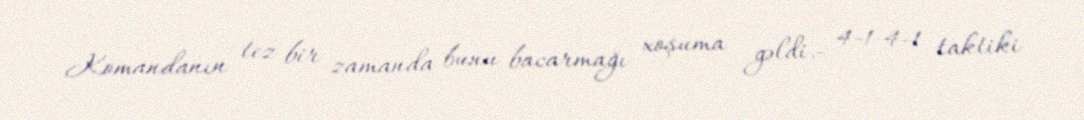
Komandanın tez bir zamanda bunu bacarmağı xoşuma gəldi.- 4-1-4-1 taktiki